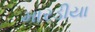
મારડીયા